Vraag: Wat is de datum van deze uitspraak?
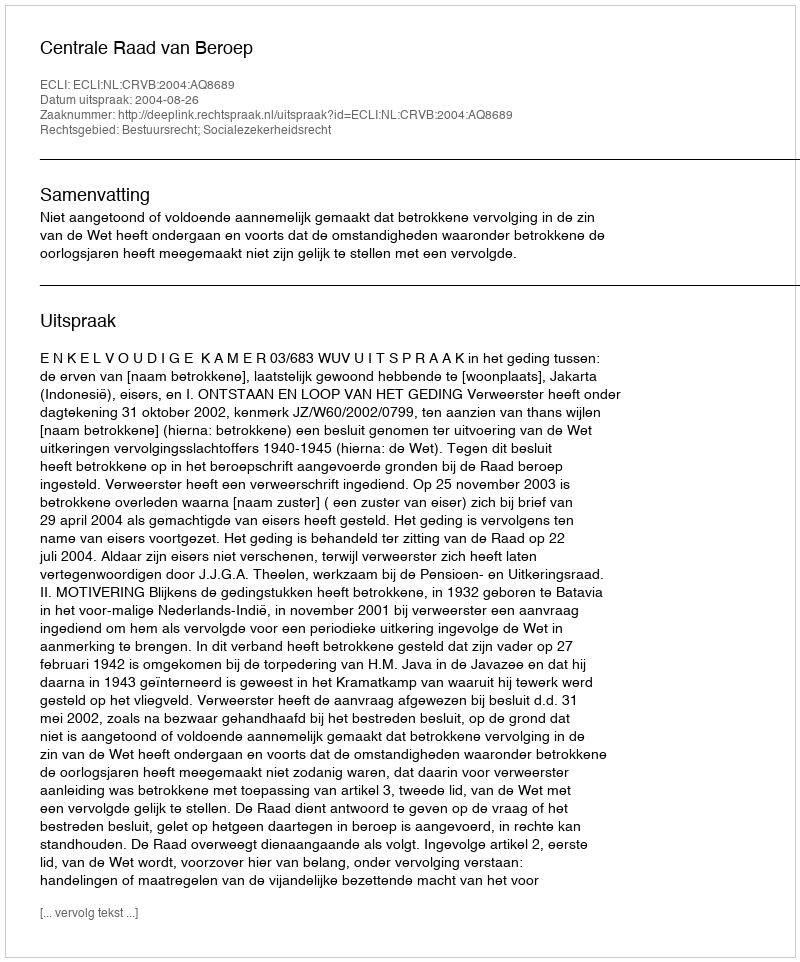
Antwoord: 2004-08-26